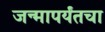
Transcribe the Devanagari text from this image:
जन्मापर्यंतचा